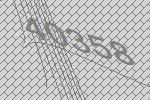
40358